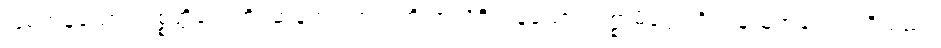
ဖြစ်ကုန်သော။ ပစ္စတ္ထိကေဟိ၊ ဆန့်ကျင်ဘက်ကို အလိုရှိကုန်သော။ ပစ္စာမိတ္တေဟိ၊ ရန်သူအပေါင်းတို့သည်။